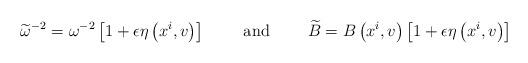
LaTeX: \begin{align*}\widetilde{\omega }^{-2}=\omega ^{-2}\left[ 1+\epsilon \eta \left(x^{i},v\right) \right] \qquad \mbox{ and } \qquad \widetilde{B}=B\left(x^{i},v\right) \left[ 1+\epsilon \eta \left( x^{i},v\right) \right]\end{align*}